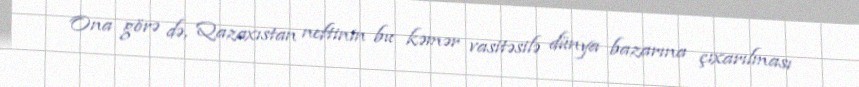
Ona görə də, Qazaxıstan neftinin bu kəmər vasitəsilə dünya bazarına çıxarılması